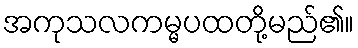
အကုသလကမ္မပထတို့မည်၏။